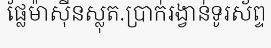
ផ្លែម៉ាស៊ីនស្លុត.ប្រាក់រង្វាន់ទូរស័ព្ទ